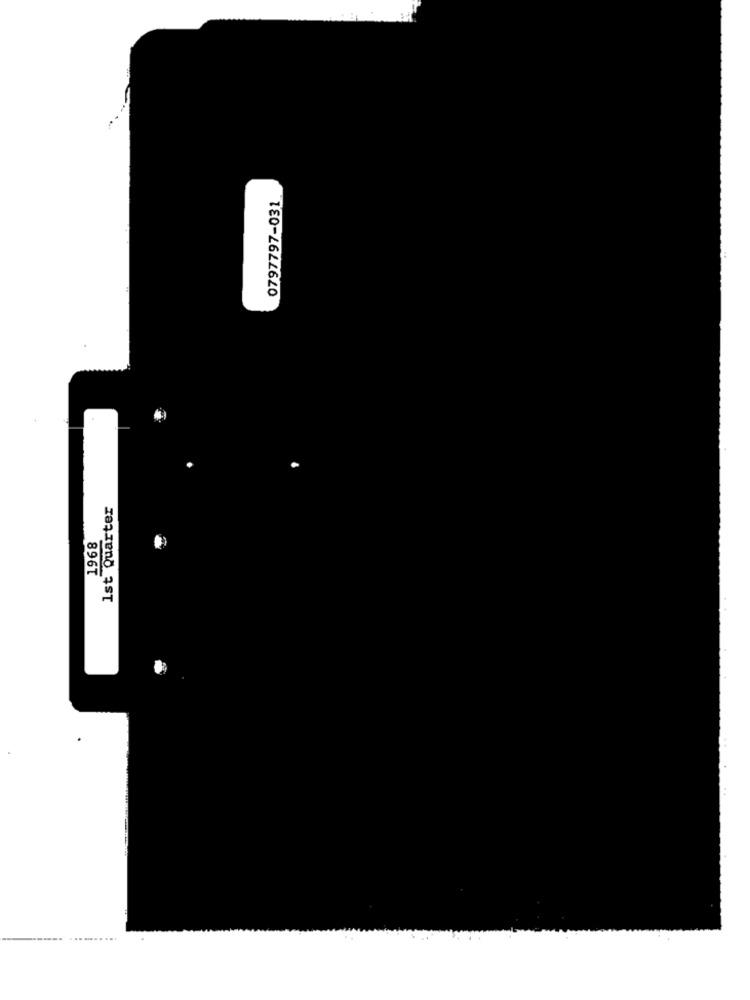
0797797-031
1st Quarter
1968